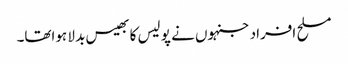
مسلح افراد جنہوں نے پو لیس کا بھیس بد لا ہواتھا۔